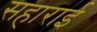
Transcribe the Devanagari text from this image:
सहाराई